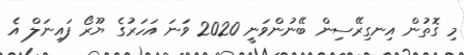
މި ގޮތުން އިނގިރޭސިން ބޭނުންވަނީ 2020 ވަނަ އަހަރުގެ ޔޫރޯ ފައިނަލް އެ